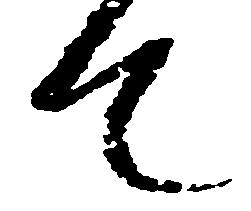
て